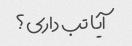
آیا تب داری؟